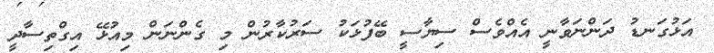
އަޅުގަނޑު ދަންނަވާނީ އެއްވެސް ސިޔާސީ ބޭފުޅަކު ސަރުކާރުން މި ގެންނަން މިއުޅޭ އިގްތިސާދީ